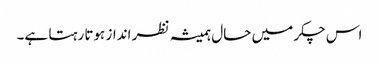
اس چکر میں حال ہمیشہ نظر انداز ہوتا رہتا ہے۔